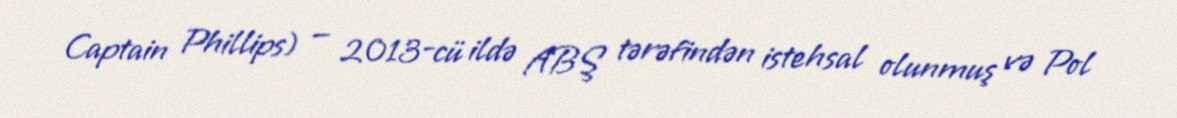
Captain Phillips) — 2013-cü ildə ABŞ tərəfindən istehsal olunmuş və Pol